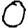
Digit: 0